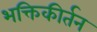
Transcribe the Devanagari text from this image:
भक्तिकीर्तन